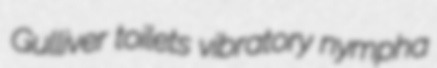
Gulliver toilets vibratory nympha